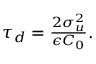
\begin{array} { r } { \tau _ { d } = \frac { 2 \sigma _ { u } ^ { 2 } } { \epsilon C _ { 0 } } . } \end{array}